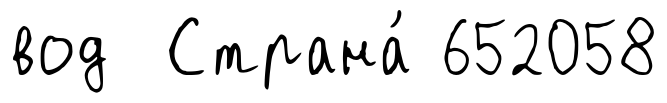
вод Страна́ 652058